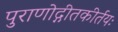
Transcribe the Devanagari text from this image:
पुराणोद्गीतकीर्तयः